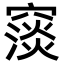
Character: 䆱